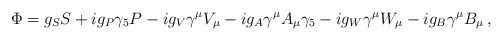
\begin{align*}\Phi = g_SS + ig_P\gamma_5P - ig_V\gamma^\mu V_\mu - ig_A\gamma^\mu A_\mu \gamma_5 -ig_W\gamma^\mu W_\mu - ig_B\gamma^\mu B_\mu\,,\end{align*}